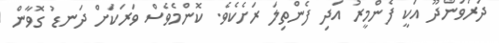
ދަރަވަންދޫ އަކީ ފެންމީރު އަދި ފެންތިލަ ރަށެކެވެ. ކޮންމެވެސް ވަރަކަށް ދަނޑު ގޮވާން